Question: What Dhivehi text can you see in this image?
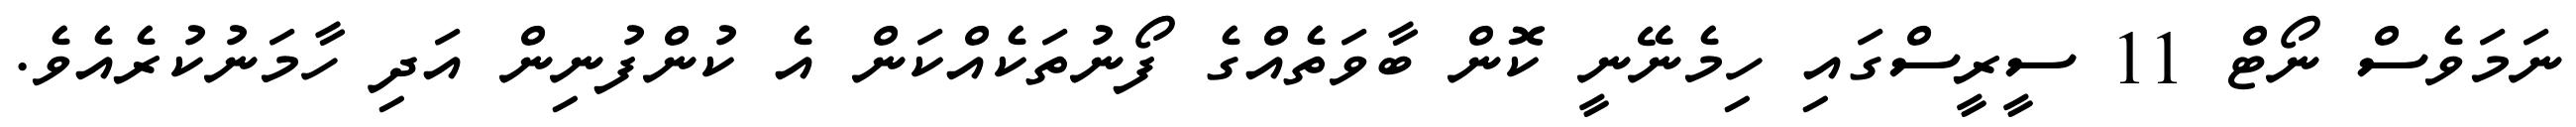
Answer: ނަމަވެސް ނޯޓް 11 ސީރީސްގައި ހިމެނޭނީ ކޮން ބާވަތެއްގެ ފޯނުތަކެއްކަން އެ ކުންފުނިން އަދި ހާމަނުކުރެއެވެ.